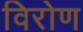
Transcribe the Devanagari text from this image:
विरोण